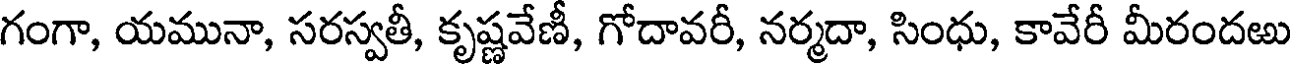
గంగా, యమునా, సరస్వతీ, కృష్ణవేణీ, గోదావరీ, నర్మదా, సింధు, కావేరీ మీరందఱు